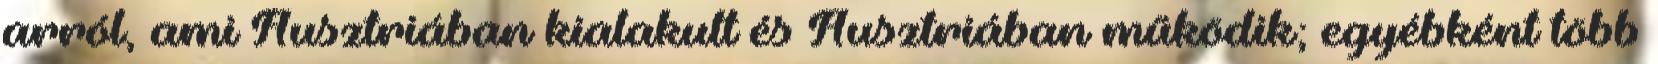
arról, ami Ausztriában kialakult és Ausztriában működik; egyébként több